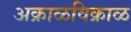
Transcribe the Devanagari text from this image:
अक्राळविक्राळ